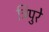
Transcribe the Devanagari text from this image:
त्रिपुरे